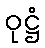
ဝုဋ္ဌံ